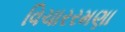
વિચારરમણા